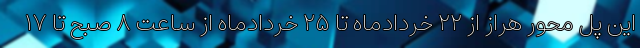
این پل محور هراز از ۲۲ خردادماه تا ۲۵ خردادماه از ساعت ۸ صبح تا ۱۷